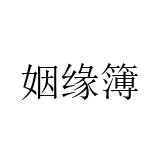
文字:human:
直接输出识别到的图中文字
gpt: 姻缘簿